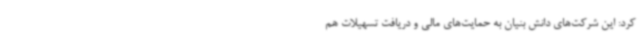
کرد: این شرکت‌های دانش بنیان به حمایت‌های مالی و دریافت تسهیلات هم